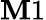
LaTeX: \mathbf{M}1